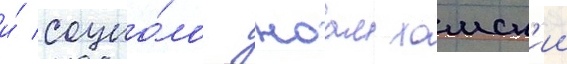
и́ социо́лог ноам хомск'ии